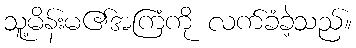
သူ့မိန်းမ၏အကြံကို လက်ခံခဲ့သည်။